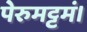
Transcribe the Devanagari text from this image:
पेरुमट्टमं।